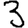
Digit: 3